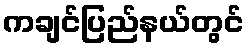
ကချင်ပြည်နယ်တွင်